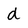
Character: d